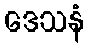
ဒေသနံ